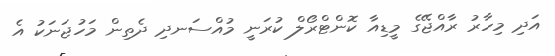
އަދި މިހާރު ރާއްޖޭގެ މީޑިއާ ކޮންޓްރޯލް ކުރަނީ މުއްސަނދި ދެތިން މަހުޖަނަކު އެ